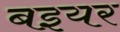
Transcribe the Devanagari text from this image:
बइयर